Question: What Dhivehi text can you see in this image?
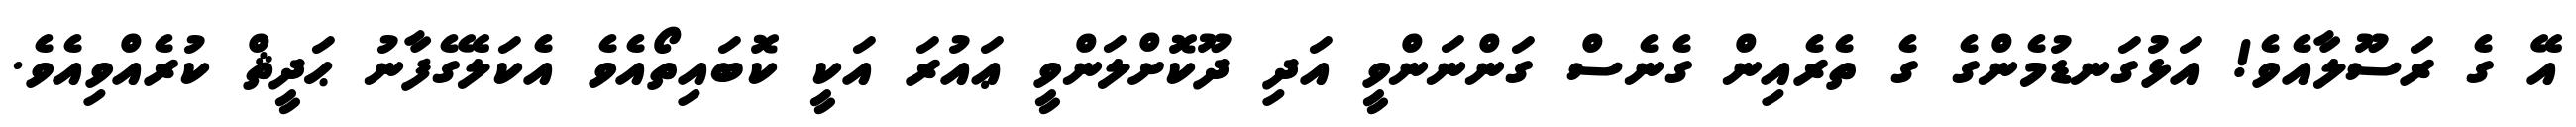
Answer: އޭ ގެ ރަސޫލާއެވެ! އަޅުގަނޑުމެންގެ ގެ ތެރެއިން ގެނެސް ގަންނަންވީ އަދި ދޫކޮށްލަންވީ ޢައުރަ އަކީ ކޮބައިތޯއެވެ އެކަލޭގެފާނު ޙަދީޘް ކުރެއްވިއެވެ.